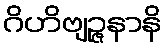
ဂိဟိဗျဉ္ဇနာနိ